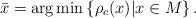
LaTeX: \begin{align*}\bar x = \arg\min \left\{ \rho_c(x) \middle| x \in M \right\}.\end{align*}